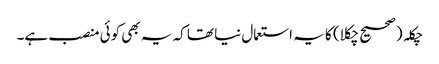
چکلہ (صحیح چکلا) کا یہ استعمال نیا تھا کہ یہ بھی کوئی منصب ہے۔